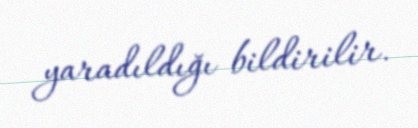
yaradıldığı bildirilir.